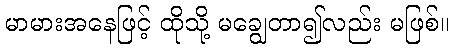
မာမားအနေဖြင့် ထိုသို့ မချွေတာ၍လည်း မဖြစ်။